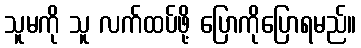
သူမကို သူ လက်ထပ်ဖို့ ပြောကိုပြောရမည်။